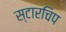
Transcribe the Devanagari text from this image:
स्टारचिप